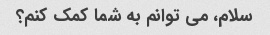
سلام، می توانم به شما کمک کنم؟